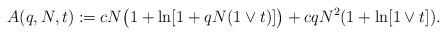
LaTeX: \begin{align*}A(q,N,t)&:=cN\big(1+\ln[1+qN(1\vee t)]\big)+cqN^2(1+\ln[1\vee t]).\end{align*}